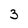
Character: 3